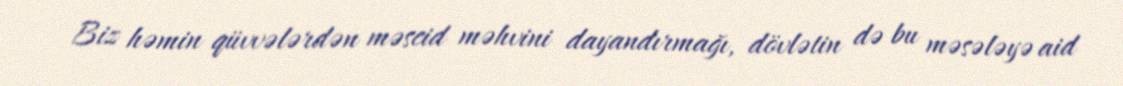
Biz həmin qüvvələrdən məscid məhvini dayandırmağı, dövlətin də bu məsələyə aid